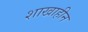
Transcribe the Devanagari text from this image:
शाखाहीन